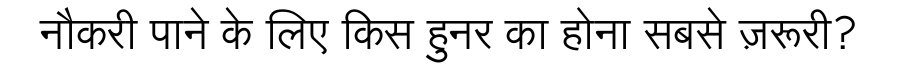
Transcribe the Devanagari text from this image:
नौकरी पाने के लिए किस हुनर का होना सबसे ज़रूरी?